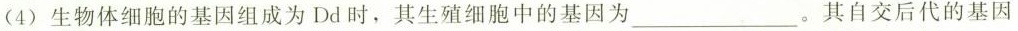
(4)生物体细胞的基因组成为Dd时，其生殖细胞中的基因为___。其自交后代的基因